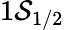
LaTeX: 1\mathcal{S}_{1/2}